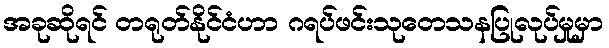
အခုဆိုရင် တရုတ်နိုင်ငံဟာ ဂရပ်ဖင်းသုတေသနပြုလုပ်မှုမှာ